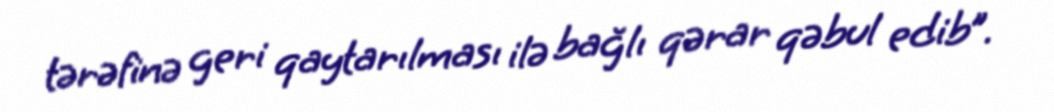
tərəfinə geri qaytarılması ilə bağlı qərar qəbul edib”.